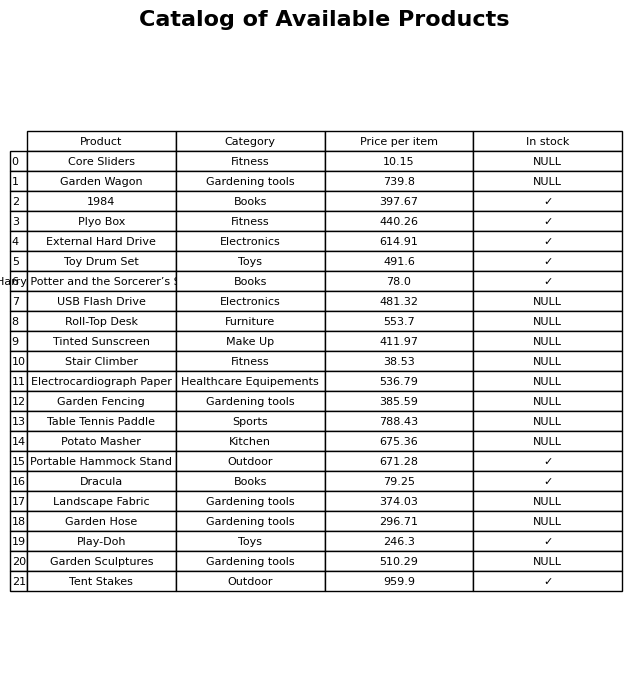
question: What is the price of the Plyo Box?
answer: The price of Plyo Box is 440.26.